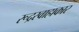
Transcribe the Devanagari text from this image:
रूद्रस्वाहाकार